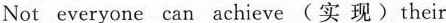
Not everyone can achieve(实 现)their